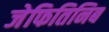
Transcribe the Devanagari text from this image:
जेफितिनिब